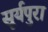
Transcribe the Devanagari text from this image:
सूर्यपुरा